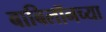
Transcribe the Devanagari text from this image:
बाबिलॉनच्या